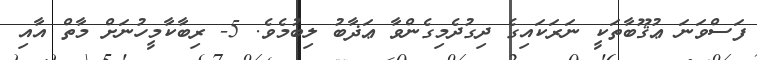
ފަސްވަނަ ޢުޤޫބާތަކީ ނަރަކައިގެ ދިގުދެމިގެންވާ ޢަޛާބު ލިބުމެވެ. 5- ރިބާކާމީހުނަށް މާތް އާއި